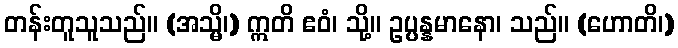
တန်းတူသူသည်။ (အသ္မိ၊) ဣတိ ဧဝံ၊ သို့။ ဥပ္ပန္နမာနော၊ သည်။ (ဟောတိ၊)